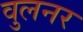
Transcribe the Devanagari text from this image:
वुलनर